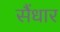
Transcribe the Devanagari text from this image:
सैंधार